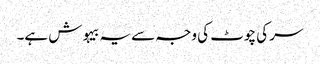
سر کی چوٹ کی وجہ سے یہ بیہوش ہے۔